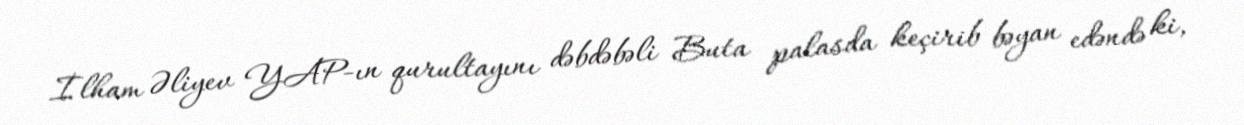
İlham Əliyev YAP-ın qurultayını dəbdəbəli Buta palasda keçirib bəyan edəndə ki,